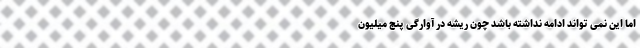
اما این نمی تواند ادامه نداشته باشد چون ریشه در آوارگی پنج میلیون